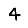
Digit: 4